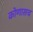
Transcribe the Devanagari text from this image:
कोणासच